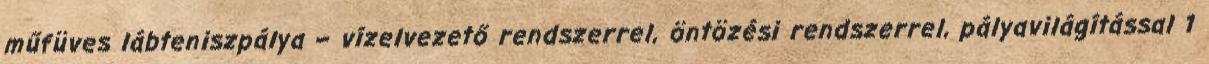
műfüves lábteniszpálya – vízelvezető rendszerrel, öntözési rendszerrel, pályavilágítással 1